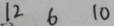
1 2 6 1 0